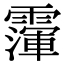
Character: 𩅴